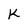
Character: k